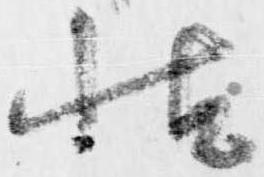
帖